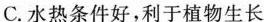
C.水热条件好，利于植物生长